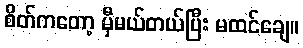
စိတ်ကတော့ မှီမယ်တယ်ပြီး မထင်ချေ။